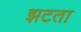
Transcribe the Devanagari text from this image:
झटता